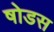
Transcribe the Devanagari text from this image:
षोडस